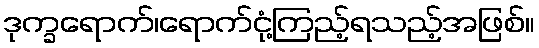
ဒုက္ခရောက်၊ရောက်ငုံ့ကြည့်ရသည့်အဖြစ်။